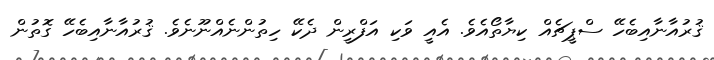
ޤުރުއާނާއިބެހޭ ސްޕީޗެއް ކިޔާތޯއެވެ. އެއީ ވަކި އަފްރީން ދެކޭ ހިތުންނެއްނޫނެވެ. ޤުރުއާނާއިބެހޭ ގޮތުން